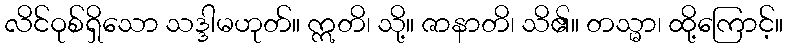
လိင်ဝုစ်ရှိသော သဒ္ဒါမဟုတ်။ ဣတိ၊ သို့။ ဇာနာတိ၊ သိ၏။ တသ္မာ၊ ထို့ကြောင့်။